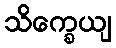
သိက္ခေယျ